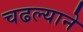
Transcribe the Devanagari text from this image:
चढल्याने